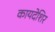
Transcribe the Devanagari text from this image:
कायदेशिर